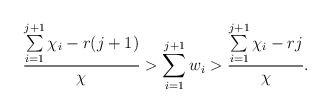
LaTeX: \begin{align*} \frac{\sum\limits_{i=1}^{j+1}\chi_i - r(j+1)}{\chi} > \sum\limits_{i=1}^{j+1}w_i > \frac{\sum\limits_{i=1}^{j+1}\chi_i - rj}{\chi}. \end{align*}